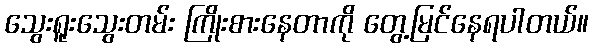
သွေးရူးသွေးတမ်း ကြိုးစားနေတာကို တွေ့မြင်နေရပါတယ်။